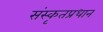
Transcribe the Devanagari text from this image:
संस्कृतप्रधान